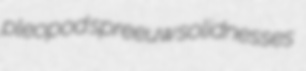
pleopod spreeuw solidnesses